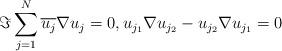
LaTeX: \begin{align*}\Im \sum_{j=1}^N\overline{u_j}\nabla u_j = 0, u_{j_1} \nabla u_{j_2} - u_{j_2} \nabla u_{j_1} = 0\end{align*}